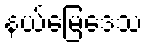
နယ်မြေဒေသ